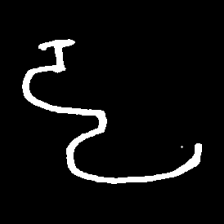
Pyu character \u2014 Myanmar letter: ဠ (romanized: lla)